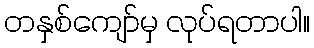
တနှစ်ကျော်မှ လုပ်ရတာပါ။